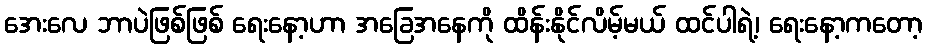
အေးလေ ဘာပဲဖြစ်ဖြစ် ရေးနော့ဟာ အခြေအနေကို ထိန်းနိုင်လိမ့်မယ် ထင်ပါရဲ့၊ ရေးနော့ကတော့